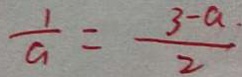
\frac { 1 } { a } = \frac { 3 - a . } { 2 }